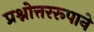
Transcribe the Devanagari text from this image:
प्रश्नोत्तररूपाने